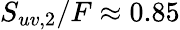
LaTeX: S_{uv,2}/F\approx 0.85